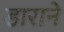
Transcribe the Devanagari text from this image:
डाराने